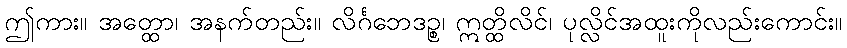
ဤကား။ အတ္ထော၊ အနက်တည်း။ လိင်္ဂဘေဒဉ္စ၊ ဣတ္ထိလိင်၊ ပုလ္လိင်အထူးကိုလည်းကောင်း။